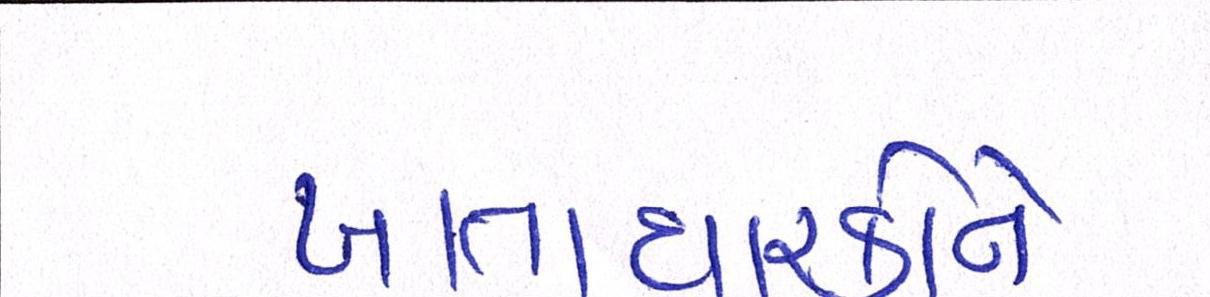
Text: ખાતાધારકોને